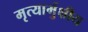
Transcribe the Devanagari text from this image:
मृत्यार्मुक्षीय